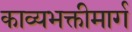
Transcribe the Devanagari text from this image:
काव्यभक्तीमार्ग